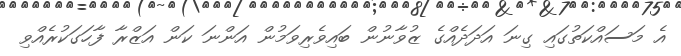
އެ މަސައްކަތުގައި ގިނަ އަދަދެއްގެ ޒުވާނުން ބައިވެރިވަމުން އަންނަ ކަން އަޒްރާ ފާހަގަކުރެއްވި